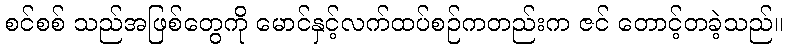
စင်စစ် သည်အဖြစ်တွေကို မောင်နှင့်လက်ထပ်စဉ်ကတည်းက ဇင် တောင့်တခဲ့သည်။